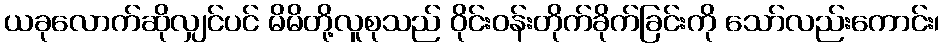
ယခုလောက်ဆိုလျှင်ပင် မိမိတို့လူစုသည် ဝိုင်းဝန်းတိုက်ခိုက်ခြင်းကို သော်လည်းကောင်း၊